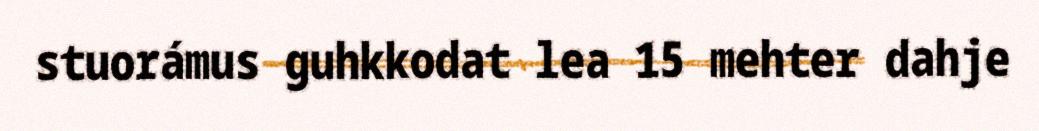
stuorámus guhkkodat lea 15 mehter dahje